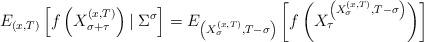
LaTeX: \begin{align*}E_{(x,T)}\left[f\left(X_{\sigma+\tau}^{(x,T)}\right)\left|\right.\Sigma^\sigma\right]=E_{\left(X^{(x,T)}_{\sigma},T-\sigma\right)}\left[f\left(X^{\left({X^{(x,T)}_{\sigma}},T-\sigma\right)}_\tau\right)\right]\end{align*}